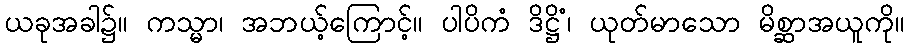
ယခုအခါ၌။ ကသ္မာ၊ အဘယ့်ကြောင့်။ ပါပိကံ ဒိဋ္ဌိံ၊ ယုတ်မာသော မိစ္ဆာအယူကို။